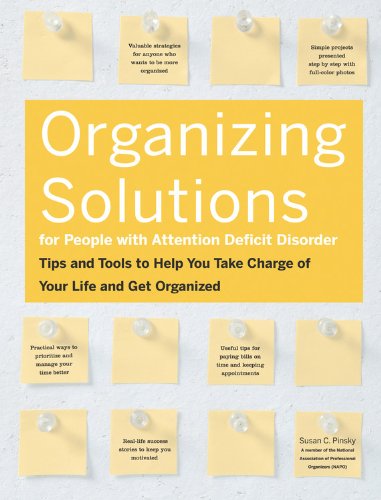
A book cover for Organizing Solutions for People With Attention Deficit Disorder: Tips and Tools to Help You Take Charge of Your Life and Get Organized; Susan C Pinsky; Crafts, Hobbies & Home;